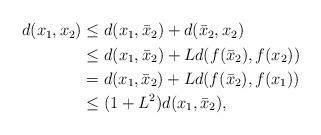
LaTeX: \begin{align*}\begin{aligned}d(x_1,x_2) & \leq d(x_1, \bar x_2)+ d(\bar x_2, x_2)\\& \leq d(x_1,\bar x_2)+ L d(f(\bar x_2),f(x_2)) \\& = d(x_1,\bar x_2)+ L d(f(\bar x_2),f(x_1))\\& \leq (1+L^2) d(x_1, \bar x_2),\end{aligned}\end{align*}